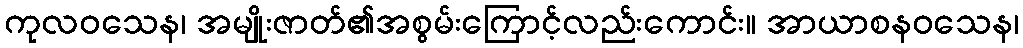
ကုလဝသေန၊ အမျိုးဇာတ်၏အစွမ်းကြောင့်လည်းကောင်း။ အာယာစနဝသေန၊